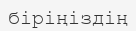
біріңіздің